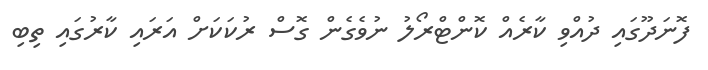
ފޮނަދޫގައި ދުއްވި ކާރެއް ކޮންޓްރޯލު ނުވެގެން ގޮސް ރުކަކަށް އަރައި ކާރުގައި ތިބި